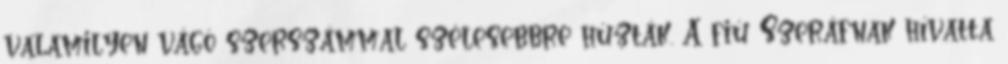
valamilyen vágó szerszámmal szélesebbre húzták. A fiú Szeráfnak hívatta